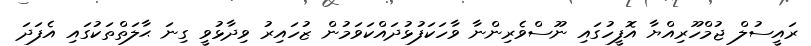
ރައީސުލް ޖުމްހޫރިއްޔާ އޮފީހުގައި ނޫސްވެރިންނާ ވާހަކަފުޅުދައްކަވަމުން ޒުހައިރު ވިދާޅުވީ ގިނަ ޙާލަތްތަކުގައި އެފަދަ